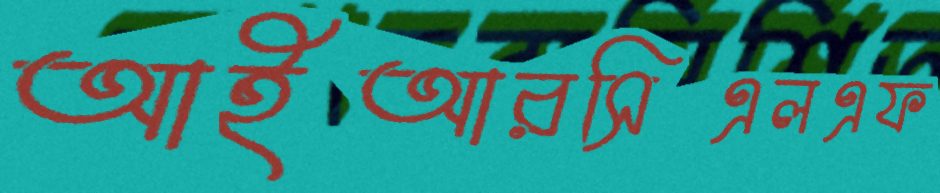
আইআরসিএলএফ